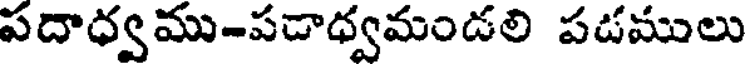
పదాధ్వము-పడాధ్వమండలి పడములు